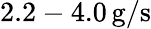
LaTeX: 2.2-4.0\, \mathrm{g/s}